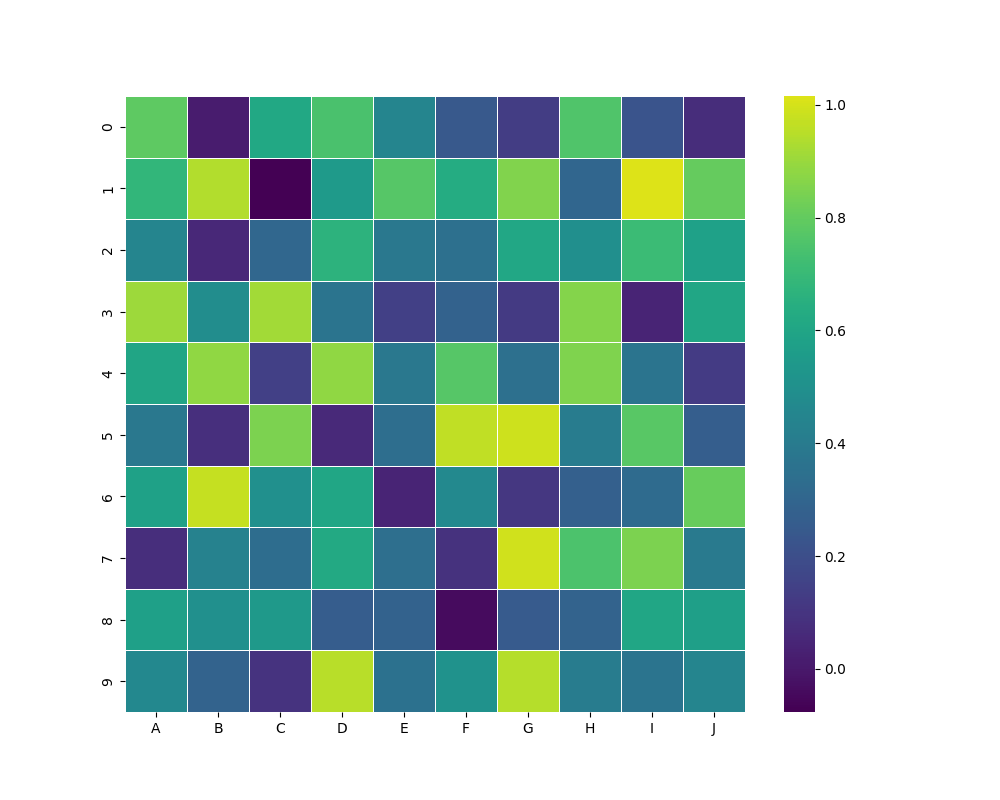
python, seaborn, heatmap, cmap='viridis', linewidths=0.5, center=0.5